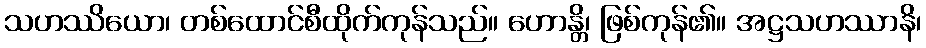
သဟဿိယော၊ တစ်ထောင်စီထိုက်ကုန်သည်။ ဟောန္တိ၊ ဖြစ်ကုန်၏။ အဋ္ဌသဟဿာနိ၊